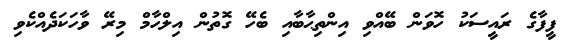
ފީފާގެ ރައީސަކު ހޮވަން ބޭއްވި އިންތިޙާބާއި ބެހޭ ގޮތުން އިލްހާމް މިރޭ ވާހަކަދެއްކެވި